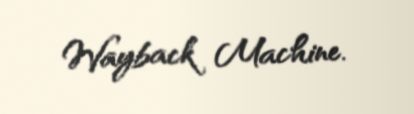
Wayback Machine.